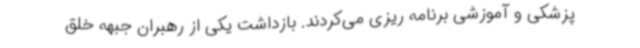
پزشکی و آموزشی برنامه ریزی می‌کردند. بازداشت یکی از رهبران جبهه خلق